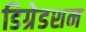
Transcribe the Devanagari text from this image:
डिग्रेडशन